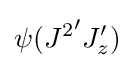
\psi ({J^{2}}'J_{z}')